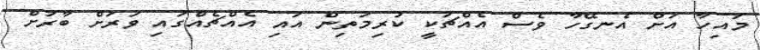
މައިހާ އަށް އެނގޭހާ ވެސް އެއްޗަކީ ކުރިމަތިން އައި އެއްޗެއްގައި ވަރަށް ބާރަށް